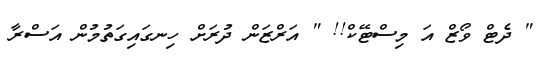
" ދެޓް ވޯޒް އަ މިސްޓޭކް!! " އަރްޒަން ދުރަށް ހިނގައިގަތުމުން އަސްރާ